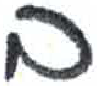
אות: ב